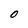
Character: O